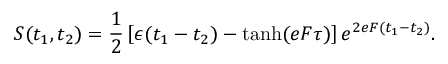
S ( t _ { 1 } , t _ { 2 } ) = \frac { 1 } { 2 } \left[ \epsilon ( t _ { 1 } - t _ { 2 } ) - \operatorname { t a n h } ( e F \tau ) \right] e ^ { 2 e F ( t _ { 1 } - t _ { 2 } ) } .